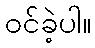
ဝင်ခဲ့ပါ။